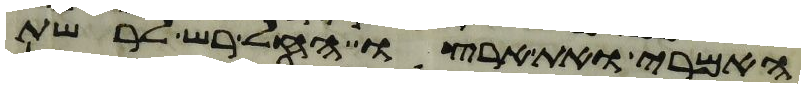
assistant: האמרי ואת ארצו החל רש לרשת